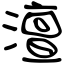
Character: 澶